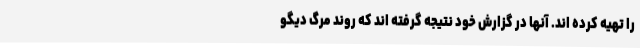
را تهیه کرده اند. آنها در گزارش خود نتیجه گرفته اند که روند مرگ دیگو